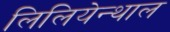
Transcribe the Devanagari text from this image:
लिलियेन्थाल